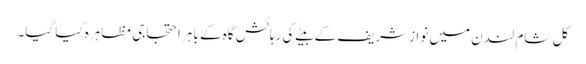
کل شام لندن میں نوازشریف کے بیٹے کی رہائش گاہ کے باہر احتجاجی مظاہرہ کیا گیا۔